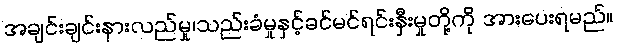
အချင်းချင်းနားလည်မှု၊သည်းခံမှုနှင့်ခင်မင်ရင်းနှီးမှုတို့ကို အားပေးရမည်။